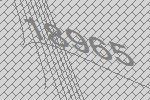
18965